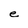
Character: e